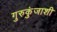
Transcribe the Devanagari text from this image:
गुरुकुंजाशी